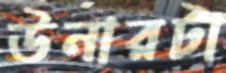
উনারটা